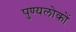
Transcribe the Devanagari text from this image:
पुण्यलोकों